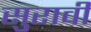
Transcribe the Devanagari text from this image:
सुरावी